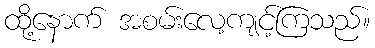
ထို့နောက် အစမ်းလေ့ကျင့်ကြသည်။